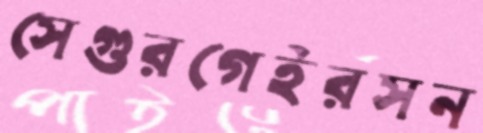
সেগুরগেইরসন